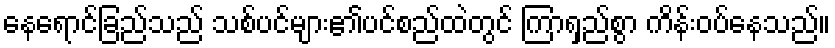
နေရောင်ခြည်သည် သစ်ပင်များ၏ပင်စည်ထဲတွင် ကြာရှည်စွာ ကိန်းဝပ်နေသည်။